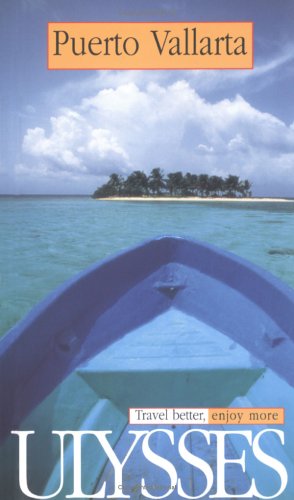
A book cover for Ulysses Travel Guide Puerto Vallarta: Travel Better, Enjoy More (Ulysses Travel Guides); Richard Bizier; Travel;